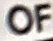
OF